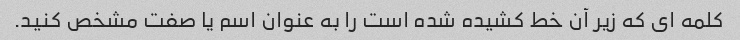
کلمه ای که زیر آن خط کشیده شده است را به عنوان اسم یا صفت مشخص کنید.